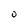
Character: o